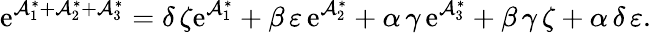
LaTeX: \mathrm{e}^{\mathcal{{A}}_{1}^{\ast}+\mathcal{{A}}_{2}^{\ast}+\mathcal{{A}}_{3}^{\ast}}=\delta\, \zeta\mathrm{e}^{\mathcal{{A}}_{1}^{\ast}}+\beta\, \varepsilon\, \mathrm{e}^{\mathcal{{A}}_{2}^{\ast}}+\alpha\, \gamma\, \mathrm{e}^{\mathcal{{A}}_{3}^{\ast}}+\beta\, \gamma\, \zeta+\alpha\, \delta\, \varepsilon.